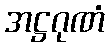
အဋ္ဌဂုဏံ